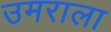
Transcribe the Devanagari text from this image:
उमराला